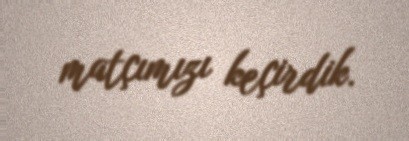
matçımızı keçirdik.